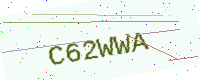
Text: C62WWA